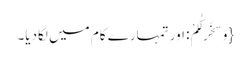
{وَ سَخَّرَ لَکُمْ: اور تمہارے کام میں لگادیا۔